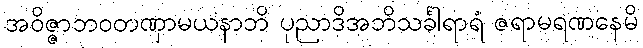
အဝိဇ္ဇာဘဝတဏှာမယနာဘိ ပုညာဒိအဘိသင်္ခါရာရံ ဇရာမရဏနေမိ